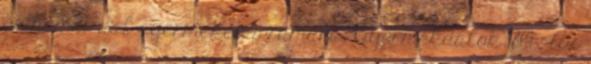
és német dal gyermekek számára, Gyermekdalok 1861 , Az